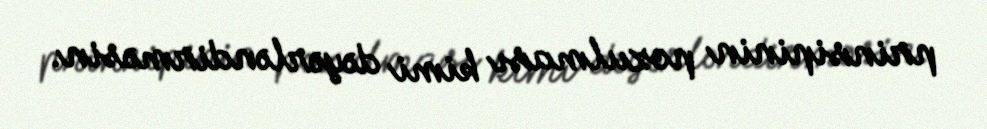
prinsipinin pozulması kimi dəyərləndirməsin.